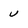
Character: u